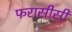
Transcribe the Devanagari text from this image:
फरासीसी